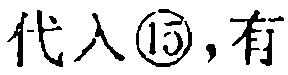
代入\textcircled{15}, 有